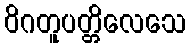
ဝိဂတူပတ္တိလေသေ